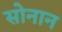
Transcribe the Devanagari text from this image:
सोनान